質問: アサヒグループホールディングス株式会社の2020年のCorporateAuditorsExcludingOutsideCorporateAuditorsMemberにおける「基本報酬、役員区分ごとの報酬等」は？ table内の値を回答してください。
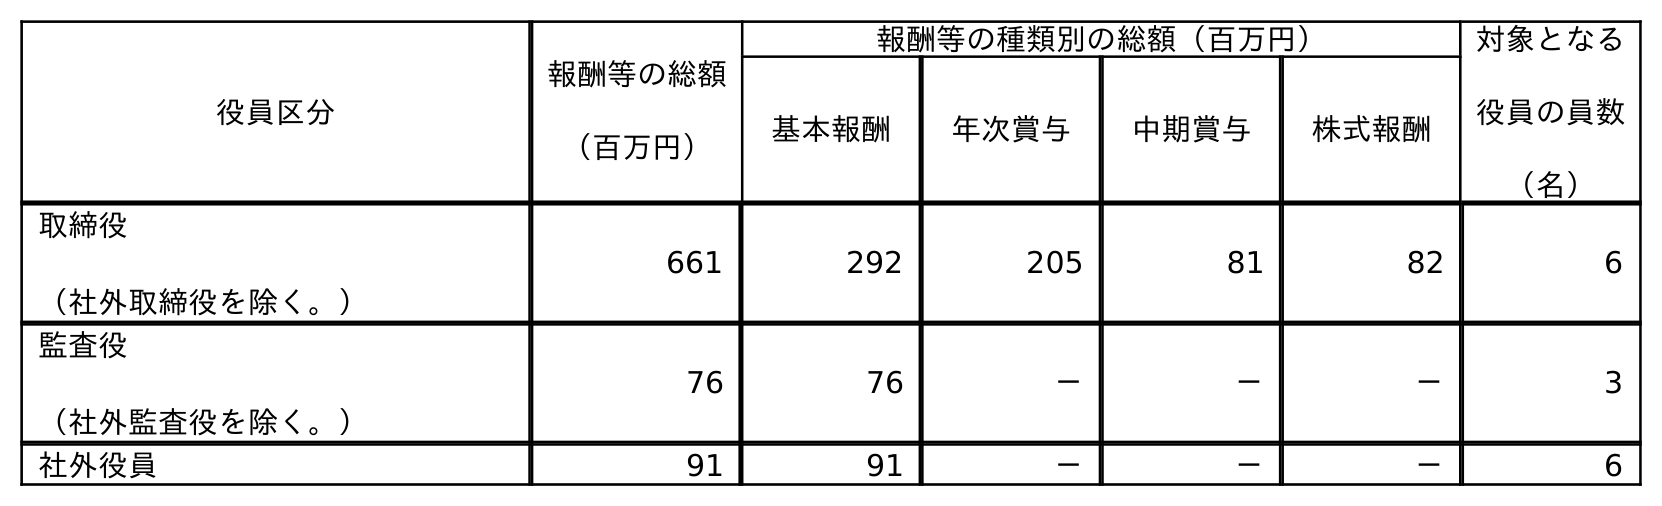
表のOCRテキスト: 役員区分 報酬等の総額 （百万円） 報酬等の種類別の総額（百万円） 対象となる 役員の員数 （名） 基本報酬 年次賞与 中期賞与 株式報酬 取締役 （社外取締役を除く。） 661 292 205 81 82 6 監査役 （社外監査役を除く。） 76 76 － － － 3 社外役員 91 91 － － － 6
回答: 76